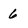
Character: 6